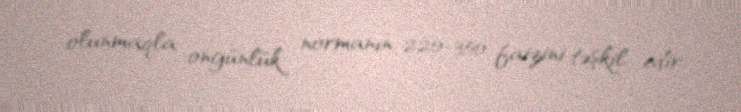
olunmaqla ongünlük normanın 220-350 faizini təşkil edir.